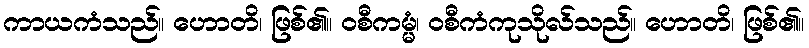
ကာယကံသည်။ ဟောတိ၊ ဖြစ်၏။ ဝစီကမ္မံ၊ ဝစီကံကုသိုလ်သည်။ ဟောတိ၊ ဖြစ်၏။